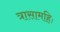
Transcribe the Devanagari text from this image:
त्रासामहिः